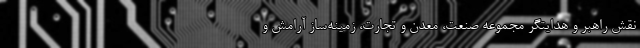
نقش راهبر و هدايتگر مجموعه صنعت، معدن و تجارت، زمينه‌ساز آرامش و